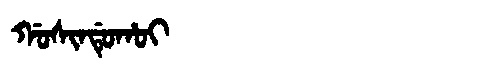
Manchu: ᡤᠣᠰᡳᠨᡩᡠᡥᠣᡳ
Romanization: GOSINDUHOI